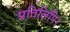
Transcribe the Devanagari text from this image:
प्रतिलिपि।